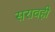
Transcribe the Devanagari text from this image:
सरावही